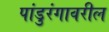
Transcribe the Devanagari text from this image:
पांडुरंगावरील